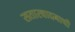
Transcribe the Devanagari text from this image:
सतारवादनाची